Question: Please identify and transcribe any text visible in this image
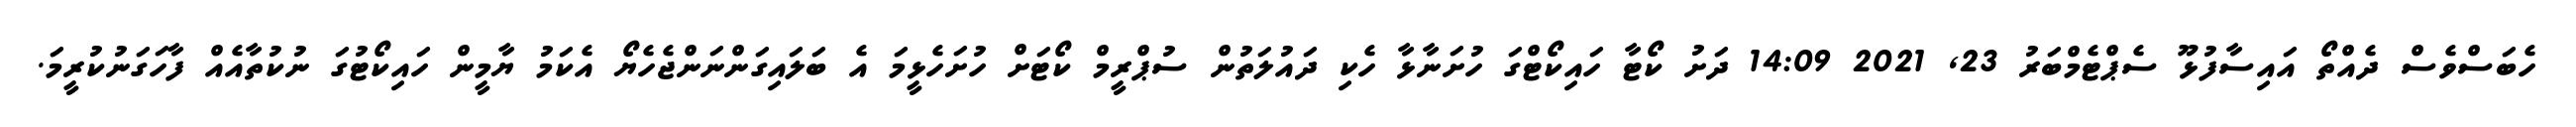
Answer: ހެބަސްވެސް ދެއްތޯ އައިސާފުޅޫ ސެޕްޓެމްބަރު 23, 2021 14:09 ދަށު ކޯޓާ ހައިކޯޓްގަ ހުށަނާޅާ ހެކި ދައުލަތުން ސުޕްރީމް ކޯޓަށް ހުށަހެޅީމަ އެ ބަލައިގަންނަންޖެހެޔޯ އެކަމު ޔާމީން ހައިކޯޓުގަ ނުކުތާއެއް ފާހަގަނުކުރީމަ.